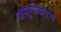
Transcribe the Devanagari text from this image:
असुरखितच